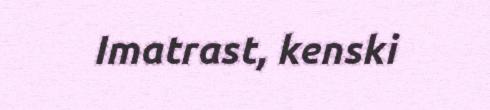
Imatrast, kenski